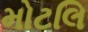
મોટલિ